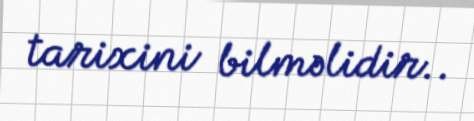
tarixini bilməlidir..